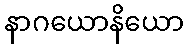
နာဂယောနိယော